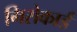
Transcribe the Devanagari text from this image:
गिरोकार्ड